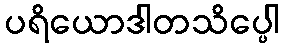
ပရိယောဒါတသိပ္ပေါ